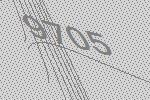
9705